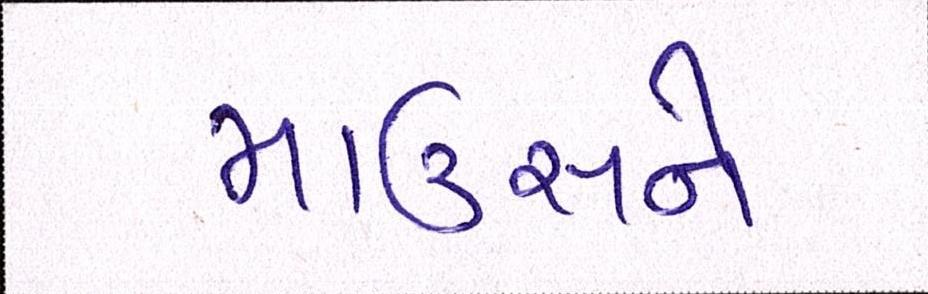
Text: માઉસને